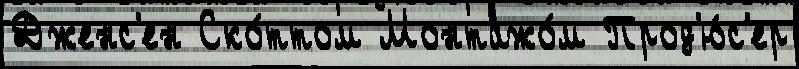
Дженс'ен Ско́ттом Монтажо́м Прод'ю́с'ер